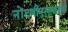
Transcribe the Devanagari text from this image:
नोंदणीपुस्तकांचा